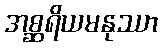
အစ္ဆရိယမနုဿာ